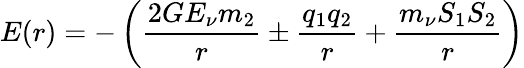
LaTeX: E(r)=-\left(\frac{2GE_{\nu}m_{2}}{r}\pm\frac{q_{1}q_{2}}{r}+\frac{m_{\nu}S_{1}S_{2}}{r}\right)